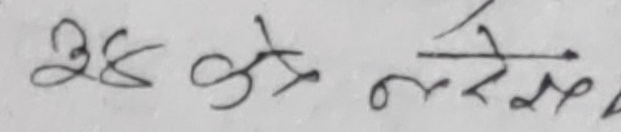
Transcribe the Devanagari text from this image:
२६ अठ नोटका